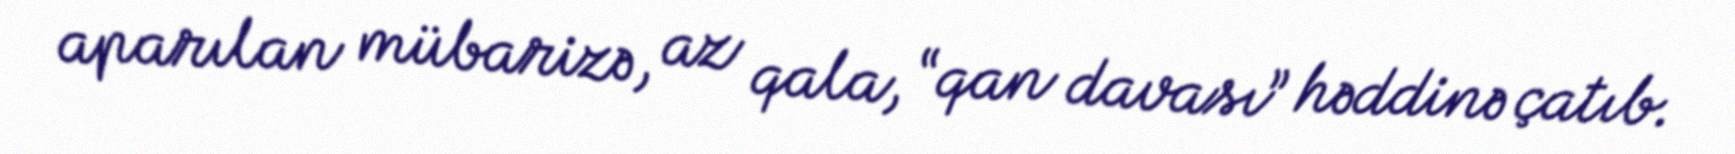
aparılan mübarizə, az qala, “qan davası” həddinə çatıb.